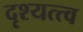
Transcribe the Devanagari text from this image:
दृश्‍यत्त्व